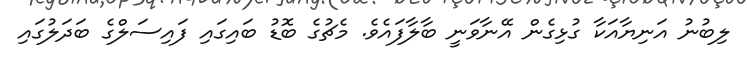
ލިބުނު އަނިޔާއަކާ ގުޅިގެން އޭނާވަނީ ބާލާފައެވެ. މެޗުގެ ބޮޑު ބައިގައި ފައިސަލްގެ ބަދަލުގައި